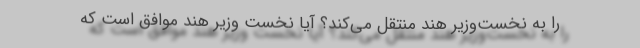
را به نخست‌وزیر هند منتقل می‌کند؟ آیا نخست ‌وزیر هند موافق است که